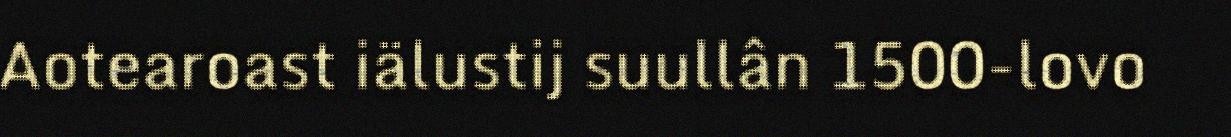
Aotearoast iälustij suullân 1500-lovo